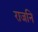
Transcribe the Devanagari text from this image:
राजनि